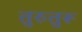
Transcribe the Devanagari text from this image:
तुरुतुरू